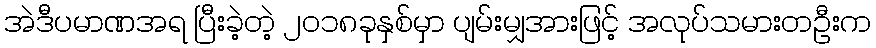
အဲဒီပမာဏအရ ပြီးခဲ့တဲ့ ၂၀၁၈ခုနှစ်မှာ ပျမ်းမျှအားဖြင့် အလုပ်သမားတဦးက